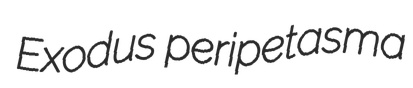
Exodus peripetasma